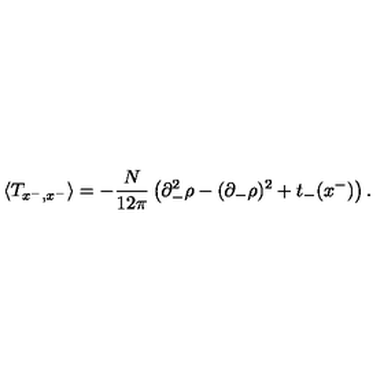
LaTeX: \langle T _ { x ^ { - } , x ^ { - } } \rangle = - \frac { N } { 1 2 \pi } \left( \partial _ { - } ^ { 2 } \rho - ( \partial _ { - } \rho ) ^ { 2 } + t _ { - } ( x ^ { - } ) \right) .